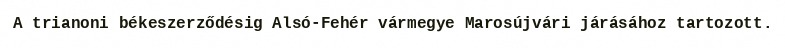
A trianoni békeszerződésig Alsó-Fehér vármegye Marosújvári járásához tartozott.